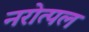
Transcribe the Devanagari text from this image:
नरोत्पल